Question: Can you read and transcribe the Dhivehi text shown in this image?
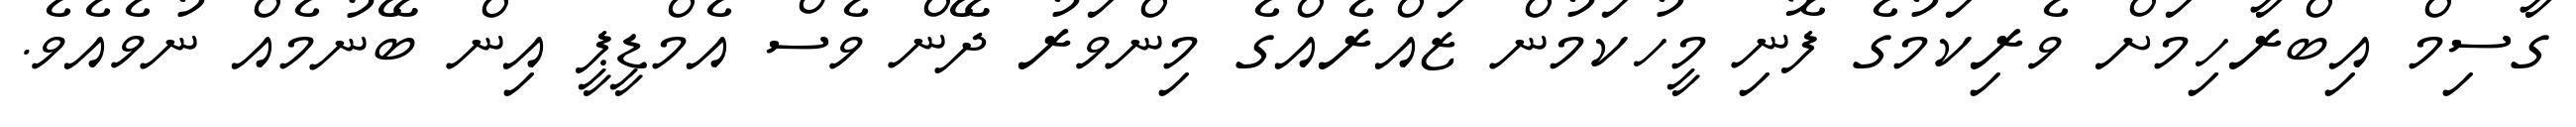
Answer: ގާސިމް އިބްރާހިމަށް ވެރިކަމުގެ ފޮނި މީހުކަމުން ޒައްރެއްގެ މިންވަރު ދޭން ވެސް އެމްޑީޕީ އިން ބޭނުމެއް ނުވެއެވެ.